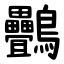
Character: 䴑